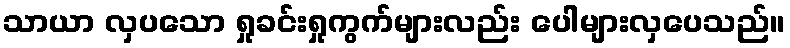
သာယာ လှပသော ရှုခင်းရှုကွက်များလည်း ပေါများလှပေသည်။